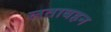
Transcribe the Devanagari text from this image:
लताबहन